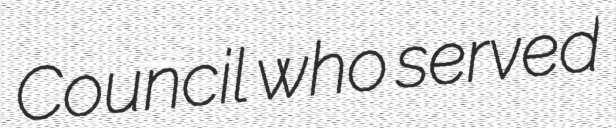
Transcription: Council who served